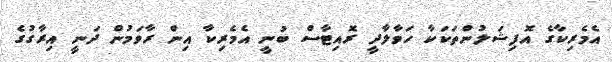
އެމެރިކާގެ އޮފިޝަލުންތަކަކާ ހަވާލާދީ ރޮއިޓާސް ބުނީ އެމެރިކާ އިން ރާވަމުން ދަނީ އިރާގުގެ